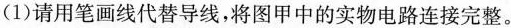
(1)请用笔画线代替导线，将图甲中的实物电路连接完整。